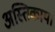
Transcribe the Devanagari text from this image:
अस्तिकाय।